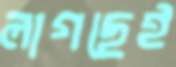
লাগছেই